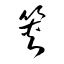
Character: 筴